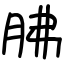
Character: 胇